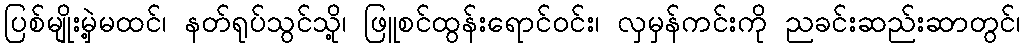
ပြစ်မျိုးမှဲ့မထင်၊ နတ်ရုပ်သွင်သို့၊ ဖြူစင်ထွန်းရောင်ဝင်း၊ လှမှန်ကင်းကို ညခင်းဆည်းဆာတွင်၊